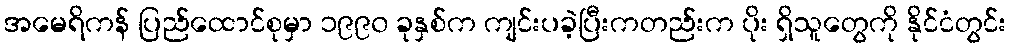
အမေရိကန် ပြည်ထောင်စုမှာ ၁၉၉၀ ခုနှစ်က ကျင်းပခဲ့ပြီးကတည်းက ပိုး ရှိသူတွေကို နိုင်ငံတွင်း